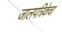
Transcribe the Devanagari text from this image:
जालपत्रिकेचा